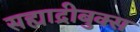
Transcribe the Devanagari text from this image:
सह्याद्रीबुक्स